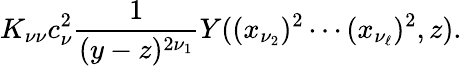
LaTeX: K_{\nu\nu}c_{\nu}^{2}\frac{1}{(y-z)^{2\nu_{1}}}Y((x_{\nu_{2}})^{2}\cdots(x_{\nu_{\ell}})^{2},z).